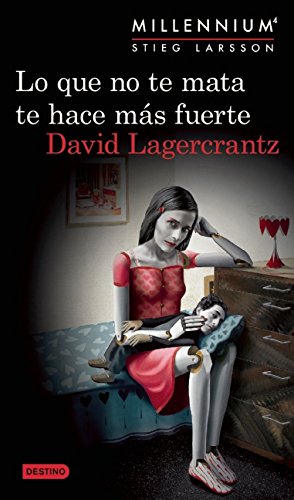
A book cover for Lo que no te mata te hace mÃ¡s fuerte. Millenium 4 (Spanish Edition); David Lagercrantz; Literature & Fiction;